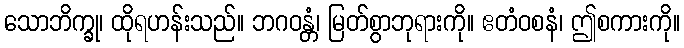
သောဘိက္ခု၊ ထိုရဟန်းသည်။ ဘဂဝန္တံ၊ မြတ်စွာဘုရားကို။ ဧတံဝစနံ၊ ဤစကားကို။